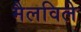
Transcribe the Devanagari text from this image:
मैलविले